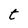
Character: t